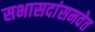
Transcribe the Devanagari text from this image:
सभासदांसमवेत